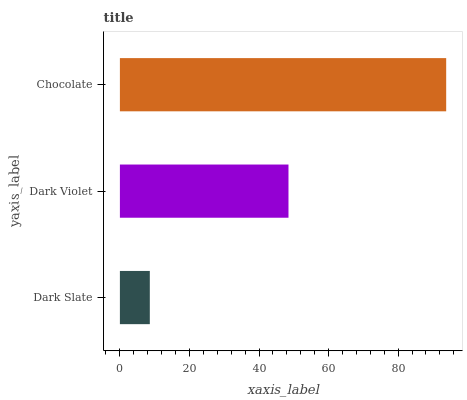
| yaxis_label | bars |
 | --- | --- |
 | Dark Slate | 8.61 |
 | Dark Violet | 48.5 |
 | Chocolate | 93.8 |